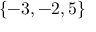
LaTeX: \{ - 3 , - 2 , 5 \}